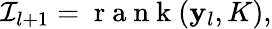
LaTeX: {\cal I}_{l+1}=\mathrm{~r~a~n~k~}({\mathbf y}_{l},K),